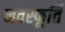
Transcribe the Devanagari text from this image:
नवस्फूर्ति